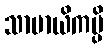
သာမာယိကမ္ပိ